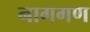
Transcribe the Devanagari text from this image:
नागगण